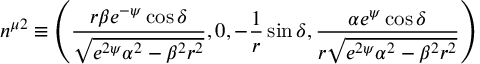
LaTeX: n ^ { \mu 2 } \equiv \left( \frac { r \beta e ^ { - \psi } \cos \delta } { \sqrt { e ^ { 2 \psi } \alpha ^ { 2 } - \beta ^ { 2 } r ^ { 2 } } } , 0 , - \frac { 1 } { r } \sin \delta , \frac { \alpha e ^ { \psi } \cos \delta } { r \sqrt { e ^ { 2 \psi } \alpha ^ { 2 } - \beta ^ { 2 } r ^ { 2 } } } \right)